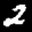
Label: 2